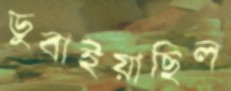
ডুবাইয়াছিল